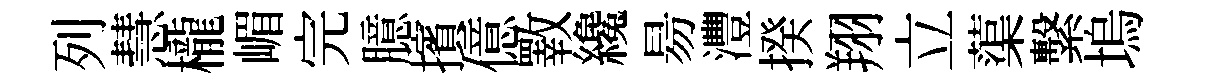
列慧櫳嵋完臆擯億斁纔昜灃揆翔立蕖繫塢